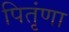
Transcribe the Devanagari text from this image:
पितृंणा